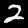
Digit: 2